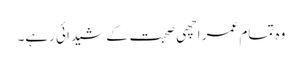
وہ تمام عمر اچھی صحبت کے شیدائی رہے۔